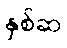
နှစ်ဆ